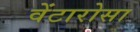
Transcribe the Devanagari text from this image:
वेंटारोसा